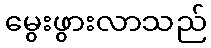
မွေးဖွားလာသည်